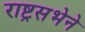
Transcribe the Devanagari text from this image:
राष्ट्रसभेने